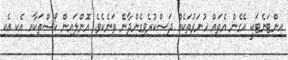
އިންޓަނެޓަކީ އޭގެން އެތައް ހުނަރުތަކެއް ދަސްކުރެވިގެންދާނޭ ތަނެކެވެ. އޮންލައިން ކޯސްތަކާއި އެކި އެކި